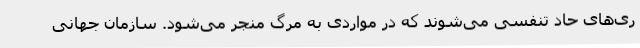
ری‌های حاد تنفسی می‌شوند که در مواردی به مرگ منجر می‌شود. سازمان جهانی